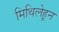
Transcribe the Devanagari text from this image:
मिथिलेहून